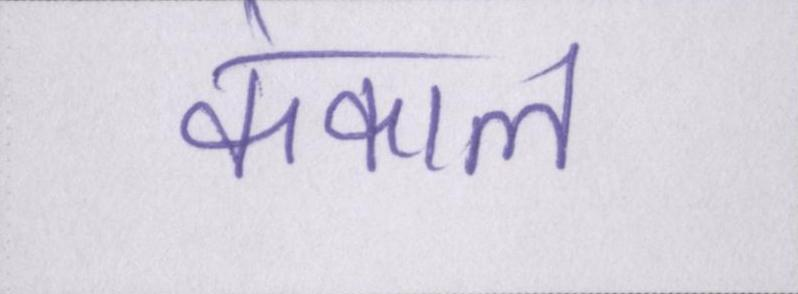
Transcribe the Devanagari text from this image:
कंकाल